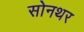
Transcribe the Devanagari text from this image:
सोनथर